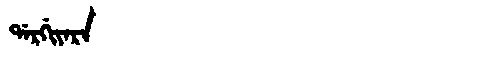
Manchu: ᡩᠠᡵᡤᡳᠶᠠᡵᠠ
Romanization: DARGIYARA